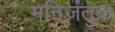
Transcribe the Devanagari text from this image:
मनिर्जंतुक